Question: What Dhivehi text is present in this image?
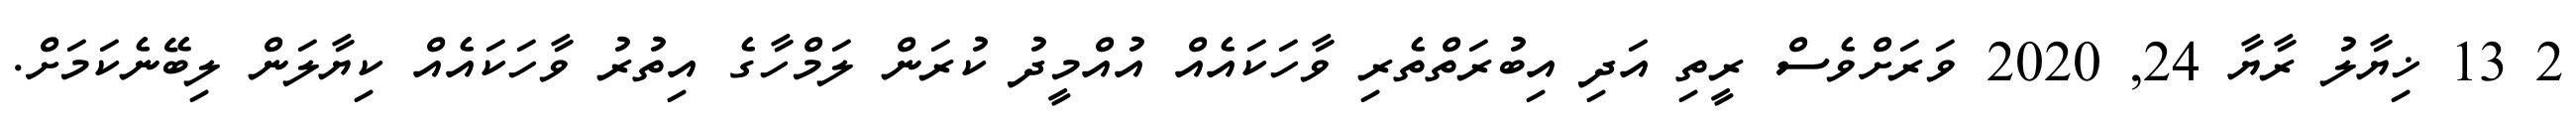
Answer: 2 13 ޚިޔާލު ރާޔާ 24, 2020 ވަރަށްވެސް ރީތި އަދި އިބުރަތްތެރި ވާހަކައެއް އުއްމީދު ކުރަން ލަމްހާގެ އިތުރު ވާހަކައެއް ކިޔާލަން ލިބޭނެކަމަށް.